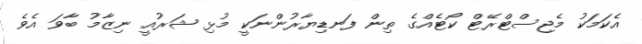
އެކަމަކު މެޖިސްޓްރޭޓް ކޯޓެއްގެ ތިން ފަނޑިޔާރުންނަކީ މުޅި ޝަރުއީ ނިޒާމު ބާވަ އެވެ